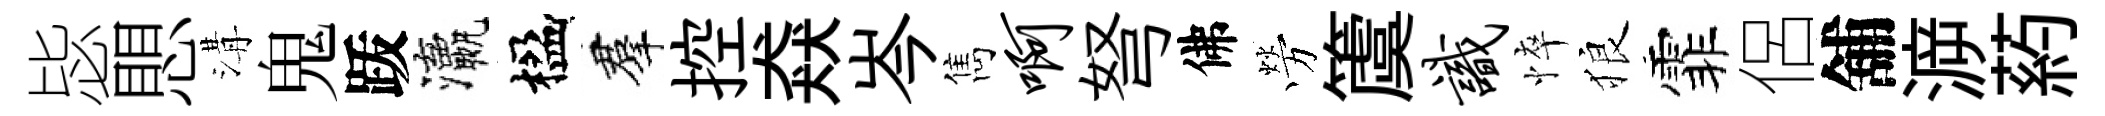
毖愳溝鬼䟦瀛楹羣控猋岑雋啊弩佛勞𥵂识悴狼霏侶舖㴑葯